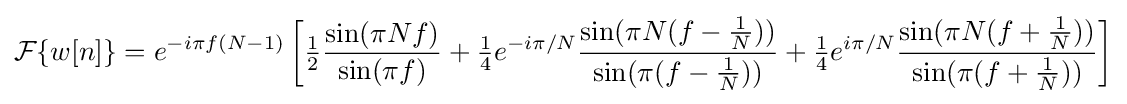
{\mathcal {F}}\{w[n]\}=e^{-i\pi f(N-1)}\left[{\tfrac {1}{2}}{\frac {\sin(\pi Nf)}{\sin(\pi f)}}+{\tfrac {1}{4}}e^{-i\pi /N}{\frac {\sin(\pi N(f-{\tfrac {1}{N}}))}{\sin(\pi (f-{\tfrac {1}{N}}))}}+{\tfrac {1}{4}}e^{i\pi /N}{\frac {\sin(\pi N(f+{\tfrac {1}{N}}))}{\sin(\pi (f+{\tfrac {1}{N}}))}}\right]